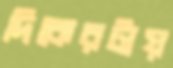
দিকেরটায়